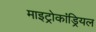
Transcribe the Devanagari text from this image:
माइट्रोकांड्रियल